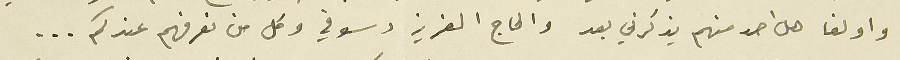
واولغا هل احد منهم يذكرني بعد والحاج العزيز دسوقي وكل من نعرفهم عندكم ...